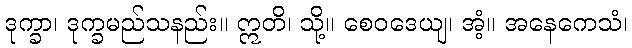
ဒုက္ခာ၊ ဒုက္ခမည်သနည်း။ ဣတိ၊ သို့။ စေဝဒေယျ၊ အံ့။ အနေကေသံ၊